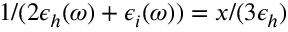
1 / ( 2 \epsilon _ { h } ( \omega ) + \epsilon _ { i } ( \omega ) ) = x / ( 3 \epsilon _ { h } )